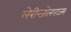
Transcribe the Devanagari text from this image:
लेरीन्जोस्पाज्म